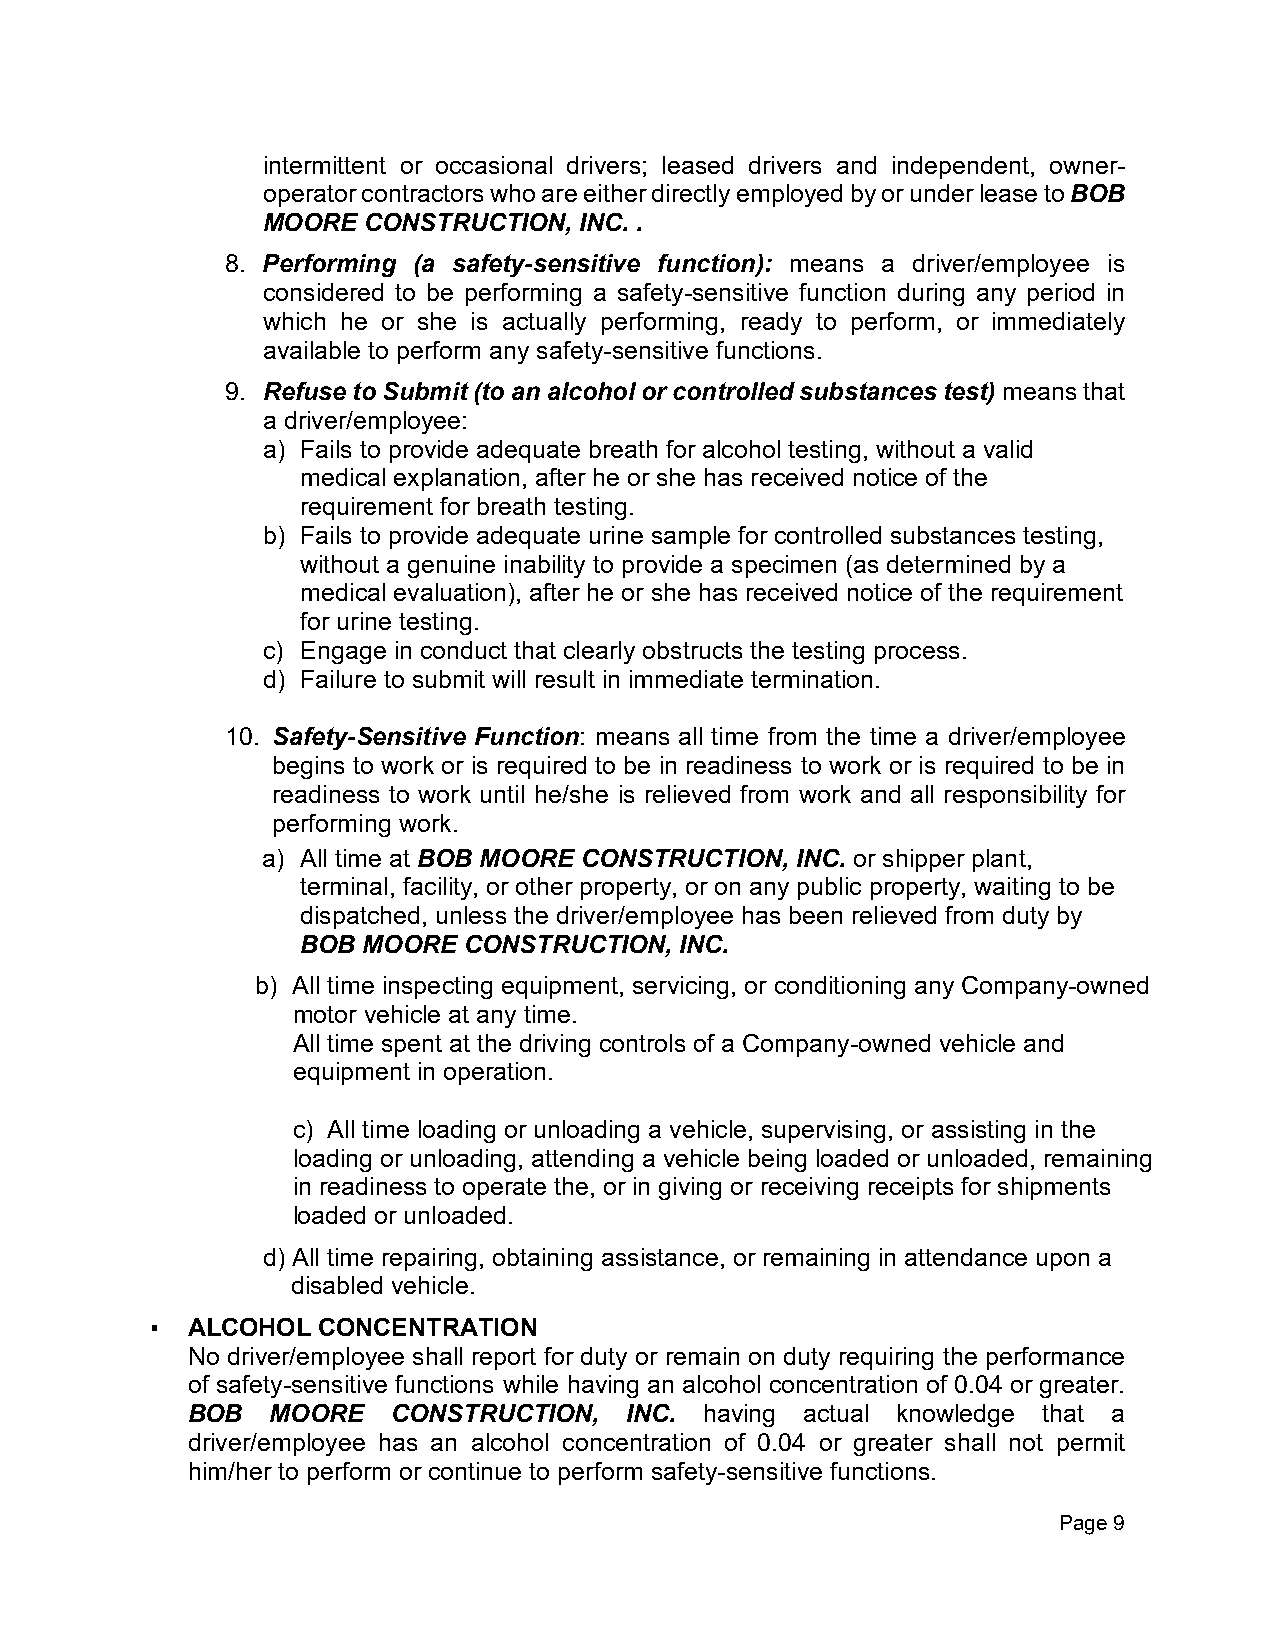
intermittent or occasional drivers; leased drivers and independent, owner-
 operator contractors who are either directly employed by or under lease to BOB
 MOORE  CONSTRUCTION, INC. .
 8. Performing (a safety-sensitive function): means a driver/employee is
 considered to be performing a safety-sensitive function during any period in
 which he or she is actually performing, ready to perform, or immediately
 available to perform any safety-sensitive functions.
 9. Refuse to Submit (to an alcohol or controlled substances test) means that
 a driver/employee:
 a) Fails to provide adequate breath for alcohol testing, without a valid
 medical explanation, after he or she has received notice of the
 requirement for breath testing.
 b) Fails to provide adequate urine sample for controlled substances testing,
 without a genuine inability to provide a specimen (as determined by a
 medical evaluation), after he or she has received notice of the requirement
 for urine testing.
 c) Engage in conduct that clearly obstructs the testing process.
 d) Failure to submit will result in immediate termination.
 10. Safety-Sensitive Function: means all time from the time a driver/employee
 begins to work or is required to be in readiness to work or is required to be in
 readiness to work until he/she is relieved from work and all responsibility for
 performing work.
 a) All time at BOB MOORE CONSTRUCTION, INC. or shipper plant,
 terminal, facility, or other property, or on any public property, waiting to be
 dispatched, unless the driver/employee has been relieved from duty by
 BOB MOORE  CONSTRUCTION, INC.
 b) All time inspecting equipment, servicing, or conditioning any Company-owned
 motor vehicle at any time.
 All time spent at the driving controls of a Company-owned vehicle and
 equipment in operation.
 c) All time loading or unloading a vehicle, supervising, or assisting in the
 loading or unloading, attending a vehicle being loaded or unloaded, remaining
 in readiness to operate the, or in giving or receiving receipts for shipments
 loaded or unloaded.
 d) All time repairing, obtaining assistance, or remaining in attendance upon a
 disabled vehicle.
 ▪ ALCOHOL  CONCENTRATION
 No driver/employee shall report for duty or remain on duty requiring the performance
 of safety-sensitive functions while having an alcohol concentration of 0.04 or greater.
 BOB   MOORE   CONSTRUCTION,  INC.  having actual knowledge that a
 driver/employee has an alcohol concentration of 0.04 or greater shall not permit
 him/her to perform or continue to perform safety-sensitive functions.
 Page 9